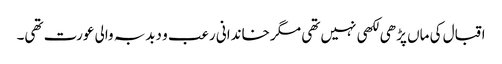
اقبال کی ماں پڑھی لکھی نہیں تھی مگر خاندانی رعب و دبدبہ والی عورت تھی۔